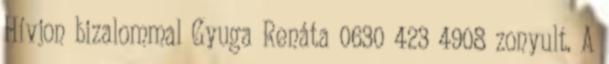
Hívjon bizalommal Gyuga Renáta 0630 423 4908 zonyult. A